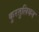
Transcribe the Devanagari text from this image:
कुरतुलियन